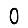
Digit: 0